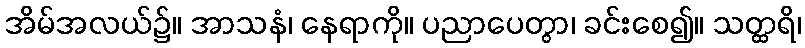
အိမ်အလယ်၌။ အာသနံ၊ နေရာကို။ ပညာပေတွာ၊ ခင်းစေ၍။ သတ္ထရိ၊